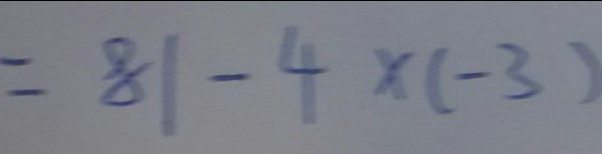
= 8 1 - 4 \times ( - 3 )